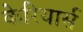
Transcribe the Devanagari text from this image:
केरियार्स